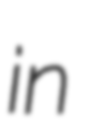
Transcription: in